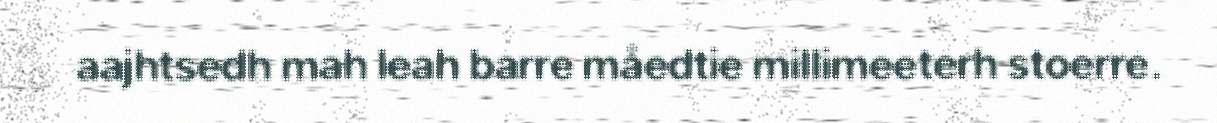
aajhtsedh mah leah barre måedtie millimeeterh stoerre.